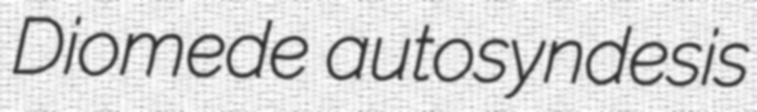
Diomede autosyndesis